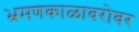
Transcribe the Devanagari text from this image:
भ्रमणकाळाबरोबर